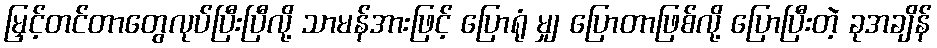
မြှင့်တင်တာတွေလုပ်ပြီးပြီလို့ သာမန်အားဖြင့် ပြောရုံ မျှ ပြောတာဖြစ်လို့ ပြောပြီးတဲ့ ခုအချိန်